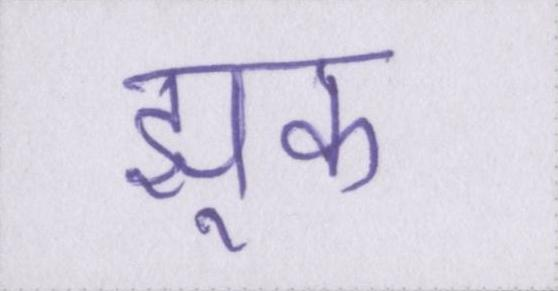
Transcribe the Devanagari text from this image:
झुक